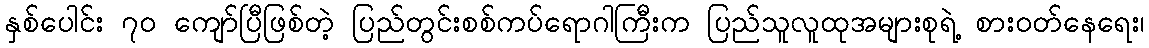
နှစ်ပေါင်း ၇၀ ကျော်ပြီဖြစ်တဲ့ ပြည်တွင်းစစ်ကပ်ရောဂါကြီးက ပြည်သူလူထုအများစုရဲ့ စားဝတ်နေရေး၊